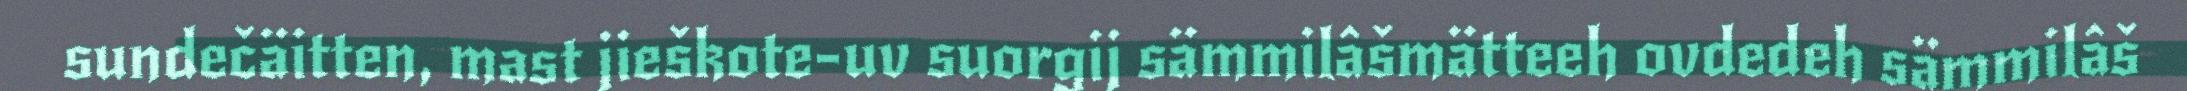
sundečäitten, mast jieškote-uv suorgij sämmilâšmätteeh ovdedeh sämmilâš